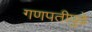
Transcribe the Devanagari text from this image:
गणपतीपुढे